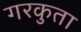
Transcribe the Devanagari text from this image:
गरकुता